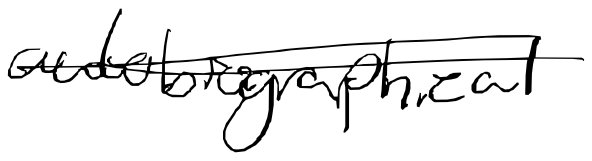
Text: autobiographical
Cross-out: double-line
Writing tool: digital_black